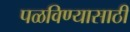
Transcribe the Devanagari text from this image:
पळविण्यासाठी